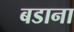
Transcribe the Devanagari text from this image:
बडाना